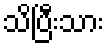
သိပြီးသား